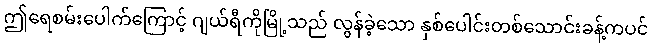
ဤရေစမ်းပေါက်ကြောင့် ဂျယ်ရီကိုမြို့သည် လွန်ခဲ့သော နှစ်ပေါင်းတစ်သောင်းခန့်ကပင်